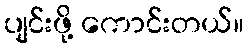
ပျင်းဖို့ ကောင်းတယ်။